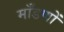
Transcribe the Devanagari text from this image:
माँडणों